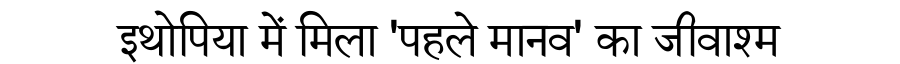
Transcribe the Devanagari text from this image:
इथोपिया में मिला 'पहले मानव' का जीवाश्म